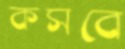
কসবে